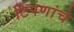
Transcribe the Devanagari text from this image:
टिपणांचे